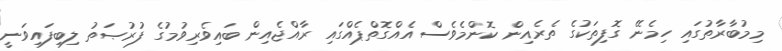
މިމުބާރާތުގައި ހިމެނޭ ގޮފިތަކުގެ ތެރެއިން ކޮންމެވެސް އެއްގޮތްޕެއްގައި ރާއްޖެއިން ބައިވެރިވުމުގެ ފުރުޞަތު ލިބިފައިވަނީ